Indian Civil Veterinary Department memoirs
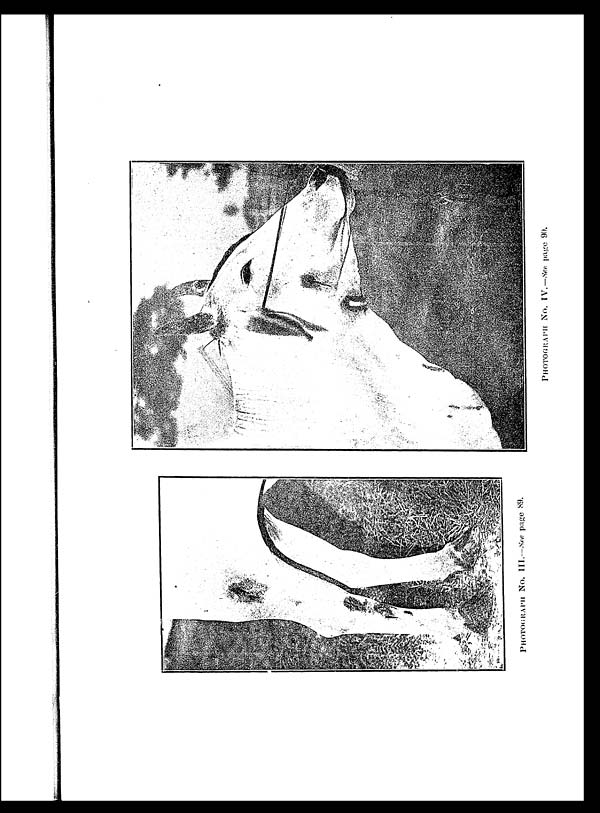
PHOTOGRAPH No. III.—See
page 89.
PHOTOGRAPH No. IV.—See page 90.